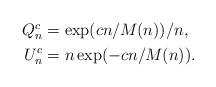
LaTeX: \begin{align*}\begin{aligned}Q_n^c &= \exp( cn / M(n) ) / n, \\U_n^c &= n\exp( -cn / M(n) ).\end{aligned}\end{align*}